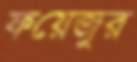
ফয়েজুর